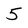
Character: 5